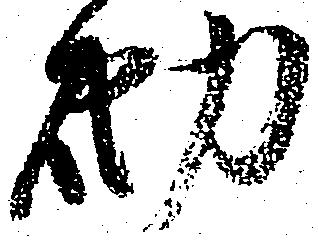
砌